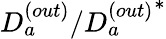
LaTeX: D_{a}^{(out)}/{D_{a}^{(out)}}^{*}